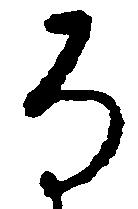
な